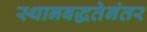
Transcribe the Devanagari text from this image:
स्थानबद्धतेनंतर